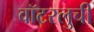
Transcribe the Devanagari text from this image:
वॉटरलुची